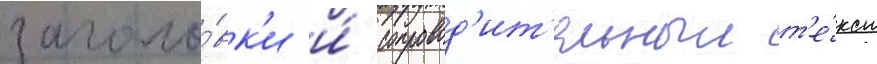
заголо́вк'и и́ сопровод'ит'ельныи т'е́кст